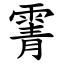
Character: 䨝